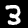
Label: 3